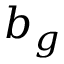
b _ { g }